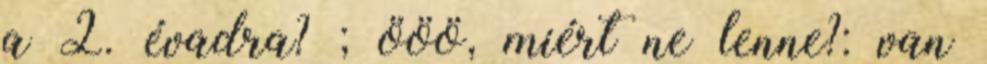
a 2. évadra? ; ööö, miért ne lenne?: van